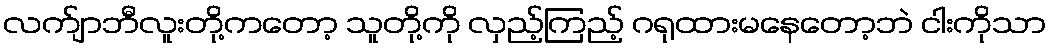
လက်ျာဘီလူးတို့ကတော့ သူတို့ကို လှည့်ကြည့် ဂရုထားမနေတော့ဘဲ ငါးကိုသာ